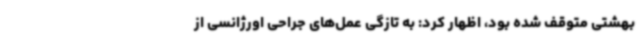
بهشتی متوقف شده بود، اظهار کرد: به تازگی عمل‌های جراحی اورژانسی از